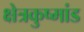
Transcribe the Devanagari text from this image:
क्षेत्रकुष्मांड